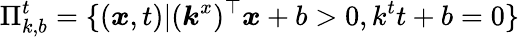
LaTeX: \Pi_{k,b}^{t}=\{ (\boldsymbol{x},t)|(\boldsymbol{k}^{x})^{\top}\boldsymbol{x}+b>0,k^{t}t+b=0\}